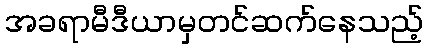
အခရာမီဒီယာမှတင်ဆက်နေသည့်